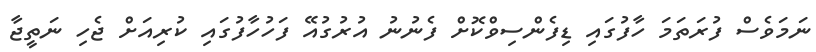
ނަމަވެސް ފުރަތަމަ ހާފުގައި ޑިފެންސިވްކޮށް ފެނުނު އުރުގުއޭ ފަހުހާފުގައި ކުރިއަށް ޖެހި ނަތީޖާ